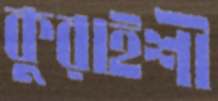
কুরাইশী